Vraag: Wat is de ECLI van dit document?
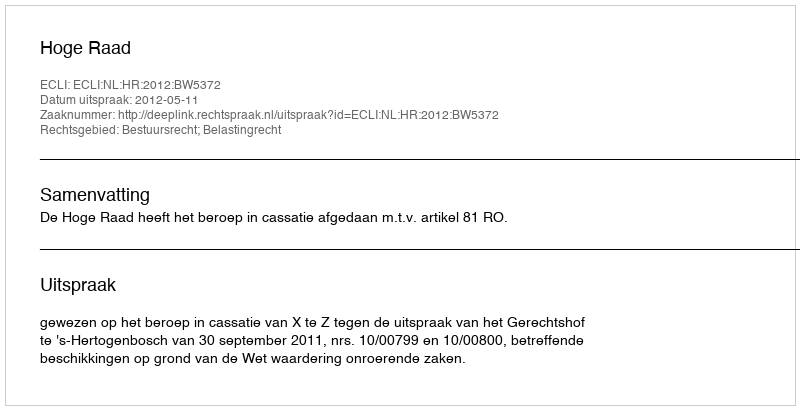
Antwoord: ECLI:NL:HR:2012:BW5372